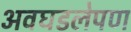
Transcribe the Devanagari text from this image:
अवघडलेपण